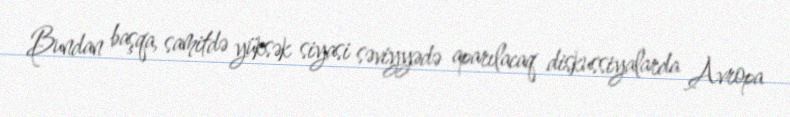
Bundan başqa, samitdə yüksək siyasi səviyyədə aparılacaq diskussiyalarda Avropa